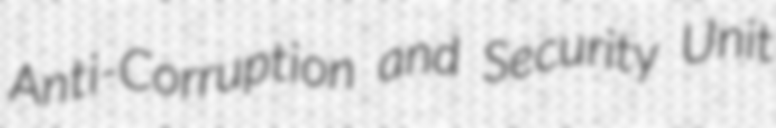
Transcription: Anti-Corruption and Security Unit